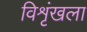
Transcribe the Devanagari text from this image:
विशृंखला